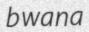
bwana